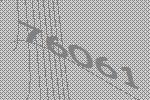
76061